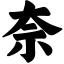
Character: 奈